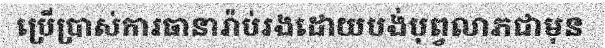
ប្រើប្រាស់ការធានារ៉ាប់រងដោយបង់បុព្វលាភជាមុន